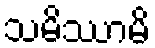
သမိဿာမိ